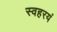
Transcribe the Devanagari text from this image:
स्वहरयं